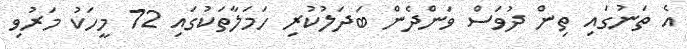
އެ ތަނުގައި ތިން ދުވަސް ވަންދެން ބަދަލުކުރި ހަމަލާތަކުގައި 72 މީހަކު މަރުވި